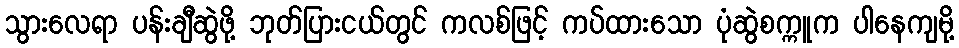
သွားလေရာ ပန်းချီဆွဲဖို့ ဘုတ်ပြားငယ်တွင် ကလစ်ဖြင့် ကပ်ထားသော ပုံဆွဲစက္ကူက ပါနေကျမို့